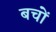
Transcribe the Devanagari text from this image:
बचों